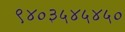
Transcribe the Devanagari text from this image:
९४०३५४५४५०